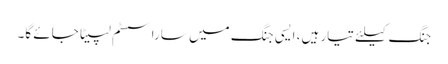
جنگ کیلئے تیار ہیں، ایسی جنگ میں سارا سسٹم لپیٹا جائے گا۔